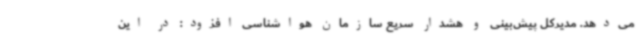
می‌دهد. مدیرکل پیش‌بینی و هشدار سریع سازمان هواشناسی افزود: در این